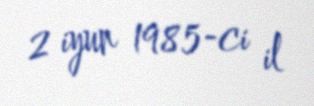
2 iyun 1985-ci il